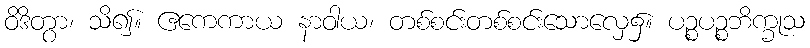
ဝိဒိတွာ၊ သိ၍။ ဧကေကာယ နာဝါယ၊ တစ်စင်းတစ်စင်းသောလှေ၌။ ပဉ္စပဉ္စဘိက္ခုသ